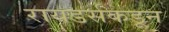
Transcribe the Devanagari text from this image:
रायडर्सकडून